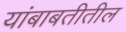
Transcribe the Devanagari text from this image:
यांबाबतीतील